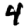
Digit: 4